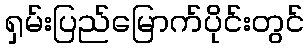
ရှမ်းပြည်မြောက်ပိုင်းတွင်